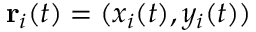
\mathbf { r } _ { i } ( t ) = ( x _ { i } ( t ) , y _ { i } ( t ) )